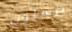
يرسلون